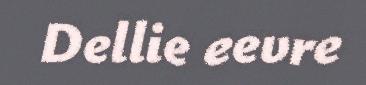
Dellie eevre